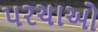
પરચાઓ